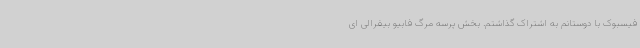
فیسبوک با دوستانم به اشتراک گذاشتم. بخش پرسه مرگ فابیو بیفرالی ای